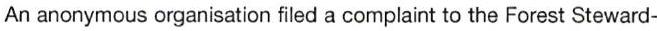
An anonymous organisation filed a complaint to the Forest Steward-